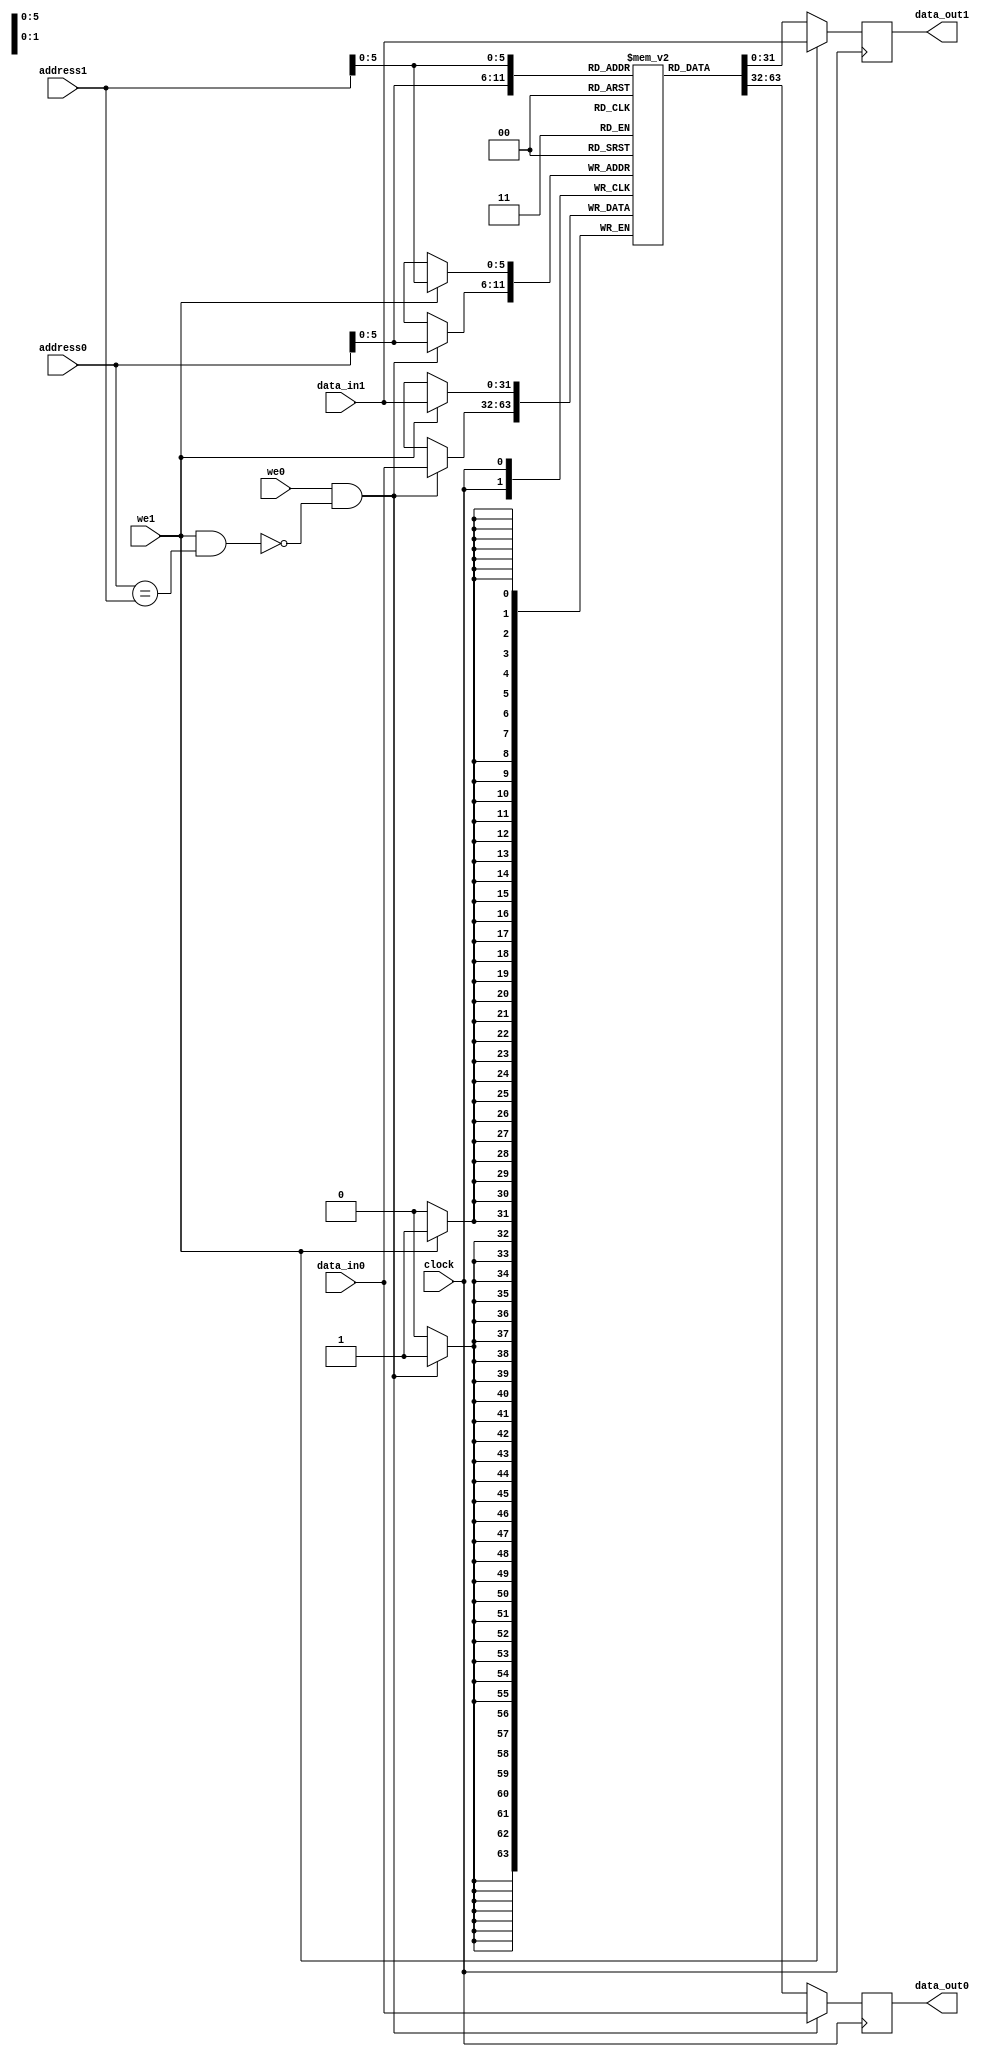
/** @module : dual_port_ram
 *  @author : Adaptive & Secure Computing Systems (ASCS) Laboratory

 *  Copyright (c) 2018 BRISC-V (ASCS/ECE/BU)
 *  Permission is hereby granted, free of charge, to any person obtaining a copy
 *  of this software and associated documentation files (the "Software"), to deal
 *  in the Software without restriction, including without limitation the rights
 *  to use, copy, modify, merge, publish, distribute, sublicense, and/or sell
 *  copies of the Software, and to permit persons to whom the Software is
 *  furnished to do so, subject to the following conditions:
 *  The above copyright notice and this permission notice shall be included in
 *  all copies or substantial portions of the Software.

 *  THE SOFTWARE IS PROVIDED "AS IS", WITHOUT WARRANTY OF ANY KIND, EXPRESS OR
 *  IMPLIED, INCLUDING BUT NOT LIMITED TO THE WARRANTIES OF MERCHANTABILITY,
 *  FITNESS FOR A PARTICULAR PURPOSE AND NONINFRINGEMENT. IN NO EVENT SHALL THE
 *  AUTHORS OR COPYRIGHT HOLDERS BE LIABLE FOR ANY CLAIM, DAMAGES OR OTHER
 *  LIABILITY, WHETHER IN AN ACTION OF CONTRACT, TORT OR OTHERWISE, ARISING FROM,
 *  OUT OF OR IN CONNECTION WITH THE SOFTWARE OR THE USE OR OTHER DEALINGS IN
 *  THE SOFTWARE.
 */

module dual_port_ram
#(
parameter
DATA_WIDTH    = 32,
ADDRESS_WIDTH = 32,
INDEX_BITS    = 6
)
(
input clock,
input we0, we1,
input  [DATA_WIDTH-1:0]    data_in0, 
input  [DATA_WIDTH-1:0]    data_in1, 
input  [ADDRESS_WIDTH-1:0] address0,
input  [ADDRESS_WIDTH-1:0] address1,
output reg [DATA_WIDTH-1:0] data_out0,
output reg [DATA_WIDTH-1:0] data_out1
);
	
localparam RAM_DEPTH = 1 << INDEX_BITS;

reg [DATA_WIDTH-1:0] mem [0:RAM_DEPTH-1];

wire port0_we;

assign port0_we = we0 & ~(we1 & (address0 == address1));

// port A
always@(posedge clock)begin
  if(port0_we) begin
    mem[address0] <= data_in0;
	  data_out0     <= data_in0;
  end
  else begin
	  data_out0 <= mem[address0];
  end
end

// port B
always@(posedge clock)begin
  if(we1) begin
    mem[address1]  <= data_in1;
	  data_out1      <= data_in1;
  end
  else begin
	  data_out1 <= mem[address1];
  end
end


endmodule